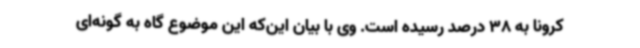
کرونا به 38 درصد رسیده است. وی با بیان این‌که این موضوع گاه به گونه‌ای